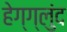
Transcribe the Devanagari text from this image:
हेग्ग्लुंद